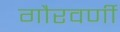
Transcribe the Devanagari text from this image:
गौरवर्णी